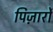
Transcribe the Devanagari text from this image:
पिज़ार्रो